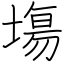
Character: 塲